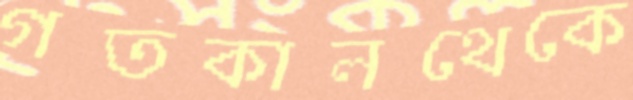
গতকালথেকে